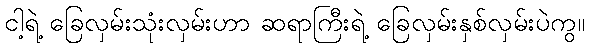
ငါ့ရဲ့ ခြေလှမ်းသုံးလှမ်းဟာ ဆရာကြီးရဲ့ ခြေလှမ်းနှစ်လှမ်းပဲကွ။